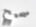
صحيح